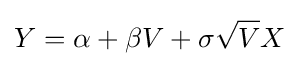
Y=\alpha +\beta V+\sigma {\sqrt {V}}X